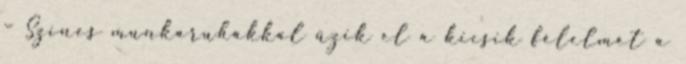
– Színes munkaruhákkal űzik el a kicsik félelmét a